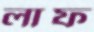
লাফ